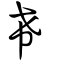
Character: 希